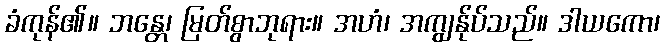
ခံကုန်၏။ ဘန္တေ၊ မြတ်စွာဘုရား။ အဟံ၊ အကျွန်ုပ်သည်။ ဒါယကော၊